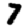
Digit: 7